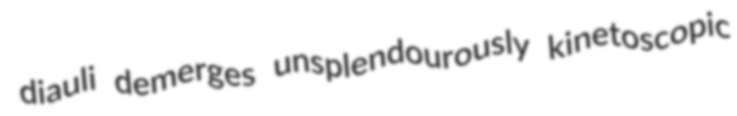
diauli demerges unsplendourously kinetoscopic